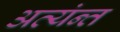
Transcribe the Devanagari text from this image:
अत्यंन्त